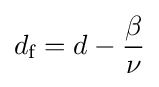
d_{\text{f}}=d-{\frac {\beta }{\nu }}\,\!